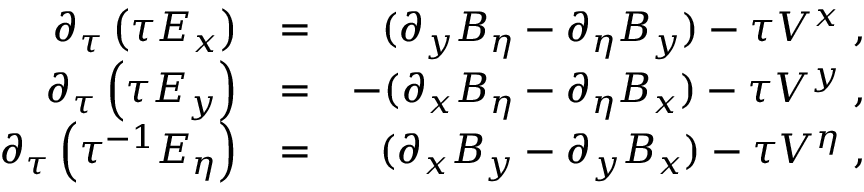
\begin{array} { r l r } { \partial _ { \tau } \left( \tau E _ { x } \right) } & { = } & { ( \partial _ { y } B _ { \eta } - \partial _ { \eta } B _ { y } ) - \tau V ^ { x } \; , } \\ { \partial _ { \tau } \left( \tau E _ { y } \right) } & { = } & { - ( \partial _ { x } B _ { \eta } - \partial _ { \eta } B _ { x } ) - \tau V ^ { y } \; , } \\ { \partial _ { \tau } \left( \tau ^ { - 1 } E _ { \eta } \right) } & { = } & { ( \partial _ { x } B _ { y } - \partial _ { y } B _ { x } ) - \tau V ^ { \eta } \; , } \end{array}